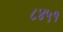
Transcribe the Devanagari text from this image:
८४५१